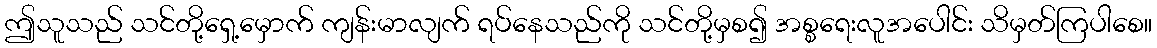
ဤသူသည် သင်တို့ရှေ့မှောက် ကျန်းမာလျက် ရပ်နေသည်ကို သင်တို့မှစ၍ အစ္စရေးလူအပေါင်း သိမှတ်ကြပါစေ။